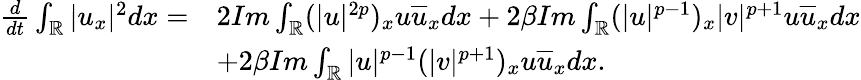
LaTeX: \begin{array}{rl}{\frac{d}{dt}\int_{\mathbb{R}}|u_{x}|^{2}dx=}&{2Im\int_{\mathbb{R}}(|u|^{2p})_{x}u\overline{{u}}_{x}dx+2\beta Im\int_{\mathbb{R}}(|u|^{p-1})_{x}|v|^{p+1}u\overline{{u}}_{x}dx}\\ &{+2\beta Im\int_{\mathbb{R}}|u|^{p-1}(|v|^{p+1})_{x}u\overline{{u}}_{x}dx.}\end{array}